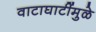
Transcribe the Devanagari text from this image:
वाटाघाटींमुळे